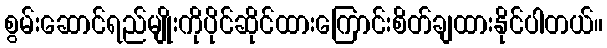
စွမ်းဆောင်ရည်မျိုးကိုပိုင်ဆိုင်ထားကြောင်းစိတ်ချထားနိုင်ပါတယ်။